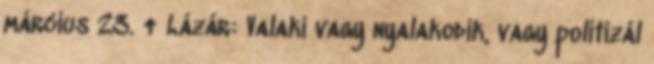
március 23. ↑ Lázár: Valaki vagy nyalakodik, vagy politizál